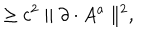
\geq c ^ { 2 } \parallel \partial \cdot A ^ { a } \parallel ^ { 2 } ,